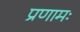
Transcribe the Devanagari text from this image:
प्रणामः